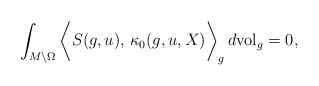
\begin{align*}\int_{M\setminus \Omega} \bigg\langle S(g, u),\, \kappa_0(g, u, X) \bigg \rangle_g\, d\mathrm{vol}_g &=0 ,\end{align*}